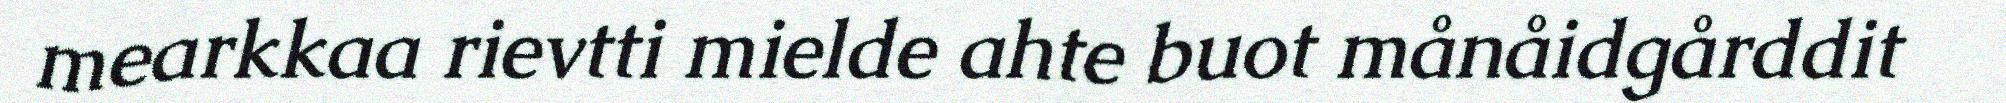
mearkkaa rievtti mielde ahte buot månåidgårddit